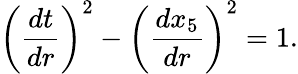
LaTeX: \left(\frac{dt}{dr}\right)^{2}-\left(\frac{dx_{5}}{dr}\right)^{2}=1.